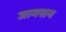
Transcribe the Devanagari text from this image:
जामसन